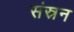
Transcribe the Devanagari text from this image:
संस्रन